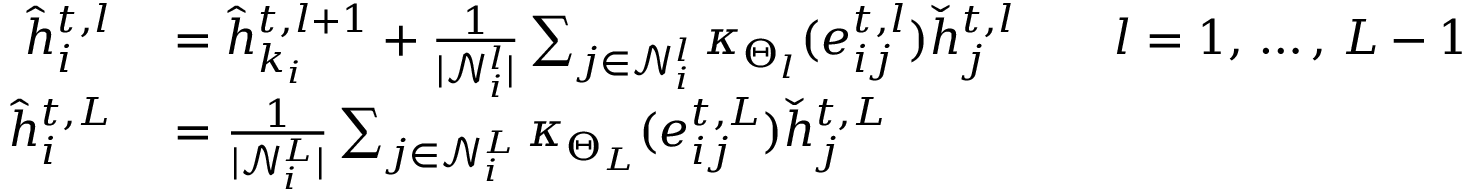
\begin{array} { r l } { \hat { h } _ { i } ^ { t , l } } & { { } = \hat { h } _ { k _ { i } } ^ { t , l + 1 } + \frac { 1 } { | \mathcal { N } _ { i } ^ { l } | } \sum _ { j \in \mathcal { N } _ { i } ^ { l } } \kappa _ { \Theta _ { l } } ( e _ { i j } ^ { t , l } ) \check { h } _ { j } ^ { t , l } \qquad l = 1 , \, \dots , \, L - 1 } \\ { \hat { h } _ { i } ^ { t , L } } & { { } = \frac { 1 } { | \mathcal { N } _ { i } ^ { L } | } \sum _ { j \in \mathcal { N } _ { i } ^ { L } } \kappa _ { \Theta _ { L } } ( e _ { i j } ^ { t , L } ) \check { h } _ { j } ^ { t , L } } \end{array}